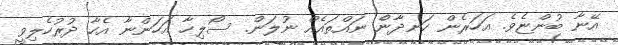
އޭނާ ބުންޏެވެ. އަހަރެން ހަނދާންެ ނައްތައެއް ނުލަން. ސޯލިހާ އަހަންނާ އެހާ ދުރުހެލިވީ